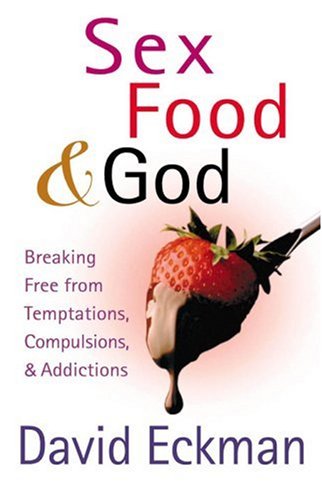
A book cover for Sex, Food, and God: Breaking Free from Temptations, Compulsions, and Addictions; David Eckman; Health, Fitness & Dieting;